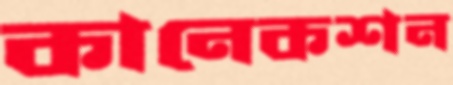
কানেকশন